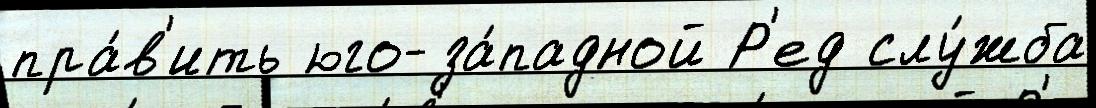
пра́в'ить юго-за́падной Р'ед слу́жба